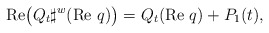
\begin{align*}\textrm{Re}\big(Q_t \sharp^w (\textrm{Re }q)\big)=Q_t(\textrm{Re }q)+P_1(t),\end{align*}